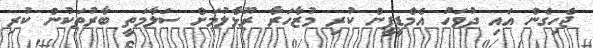
ޖެހިގެން އައި ދުވަހު އެމްޑީޕީން ކުރި މުޒާހަރާ ރޫޅާލުމަށް ސަލާމަތީ ބާރުތަކުން ކުރި